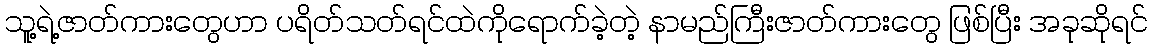
သူ့ရဲ့ဇာတ်ကားတွေဟာ ပရိတ်သတ်ရင်ထဲကိုရောက်ခဲ့တဲ့ နာမည်ကြီးဇာတ်ကားတွေ ဖြစ်ပြီး အခုဆိုရင်